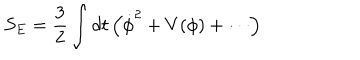
S _ { E } = \frac { 3 } { 2 } \int d t \left( { \dot { \phi } } ^ { 2 } + V ( \phi ) + \cdots \right)